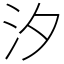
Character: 汐